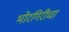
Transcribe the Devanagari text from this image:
भोरगिरीचा